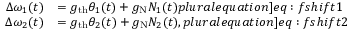
\begin{array} { r l } { \Delta \omega _ { 1 } ( t ) } & { = g _ { \mathrm { t h } } \theta _ { 1 } ( t ) + g _ { \mathrm { N } } N _ { 1 } ( t ) \label [ p l u r a l e q u a t i o n ] { e q : f s h i f t 1 } } \\ { \Delta \omega _ { 2 } ( t ) } & { = g _ { \mathrm { t h } } \theta _ { 2 } ( t ) + g _ { \mathrm { N } } N _ { 2 } ( t ) , \label [ p l u r a l e q u a t i o n ] { e q : f s h i f t 2 } } \end{array}